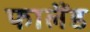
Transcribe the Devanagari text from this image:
फालैंड